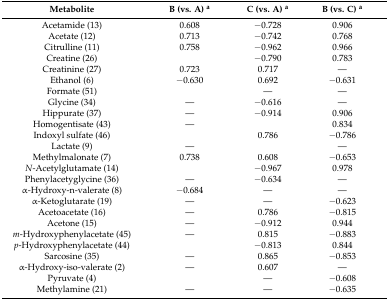
<table><thead><tr><td><b>Metabolite</b></td><td><b>B (vs. A) <sup>a</sup></b></td><td><b>C (vs. A) <sup>a</sup></b></td><td><b>B (vs. C) <sup>a</sup></b></td></tr></thead><tbody><tr><td>Acetamide (13)</td><td>0.608</td><td>−0.728</td><td>0.906</td></tr><tr><td>Acetate (12)</td><td>0.713</td><td>−0.742</td><td>0.768</td></tr><tr><td>Citrulline (11)</td><td>0.758</td><td>−0.962</td><td>0.966</td></tr><tr><td>Creatine (26)</td><td>[EMPTY_CELL]</td><td>−0.790</td><td>0.783</td></tr><tr><td>Creatinine (27)</td><td>0.723</td><td>0.717</td><td>—</td></tr><tr><td>Ethanol (6)</td><td>−0.630</td><td>0.692</td><td>−0.631</td></tr><tr><td>Formate (51)</td><td>[EMPTY_CELL]</td><td>—</td><td>—</td></tr><tr><td>Glycine (34)</td><td>—</td><td>−0.616</td><td>—</td></tr><tr><td>Hippurate (37)</td><td>—</td><td>−0.914</td><td>0.906</td></tr><tr><td>Homogentisate (43)</td><td>—</td><td>[EMPTY_CELL]</td><td>0.834</td></tr><tr><td>Indoxyl sulfate (46)</td><td>[EMPTY_CELL]</td><td>0.786</td><td>−0.786</td></tr><tr><td>Lactate (9)</td><td>—</td><td>[EMPTY_CELL]</td><td>—</td></tr><tr><td>Methylmalonate (7)</td><td>0.738</td><td>0.608</td><td>−0.653</td></tr><tr><td><i>N</i>-Acetylglutamate (14)</td><td>[EMPTY_CELL]</td><td>−0.967</td><td>0.978</td></tr><tr><td>Phenylacetyglycine (36)</td><td>—</td><td>−0.634</td><td>—</td></tr><tr><td>α-Hydroxy-n-valerate (8)</td><td>−0.684</td><td>—</td><td>—</td></tr><tr><td>α-Ketoglutarate (19)</td><td>—</td><td>—</td><td>−0.623</td></tr><tr><td>Acetoacetate (16)</td><td>—</td><td>0.786</td><td>−0.815</td></tr><tr><td>Acetone (15)</td><td>—</td><td>−0.912</td><td>0.944</td></tr><tr><td><i>m</i>-Hydroxyphenylacetate (45)</td><td>—</td><td>0.815</td><td>−0.883</td></tr><tr><td><i>p</i>-Hydroxyphenylacetate (44)</td><td>[EMPTY_CELL]</td><td>−0.813</td><td>0.844</td></tr><tr><td>Sarcosine (35)</td><td>—</td><td>0.865</td><td>−0.853</td></tr><tr><td>α-Hydroxy-iso-valerate (2)</td><td>—</td><td>0.607</td><td>—</td></tr><tr><td>Pyruvate (4)</td><td>[EMPTY_CELL]</td><td>—</td><td>−0.608</td></tr><tr><td>Methylamine (21)</td><td>—</td><td>—</td><td>−0.635</td></tr></tbody></table>